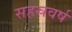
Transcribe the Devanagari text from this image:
सहस्रवर्ष